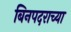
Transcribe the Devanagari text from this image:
बिनपदराच्या